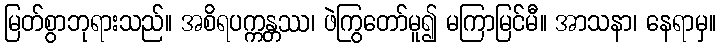
မြတ်စွာဘုရားသည်။ အစိရပက္ကန္တဿ၊ ဖဲကြွတော်မူ၍ မကြာမြင်မီ။ အာသနာ၊ နေရာမှ။